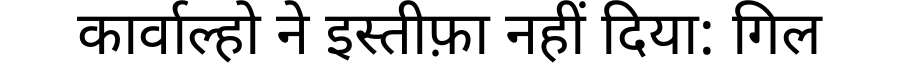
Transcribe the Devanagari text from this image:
कार्वाल्हो ने इस्तीफ़ा नहीं दिया: गिल